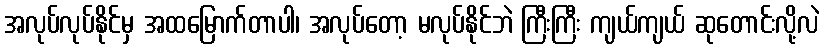
အလုပ်လုပ်နိုင်မှ အထမြောက်တာပါ၊ အလုပ်တော့ မလုပ်နိုင်ဘဲ ကြီးကြီး ကျယ်ကျယ် ဆုတောင်းလို့လဲ